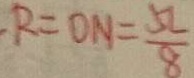
R = O N = \frac { 5 L } { 8 }